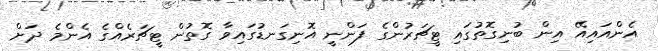
އެންއައިއޭ އިން ބުނިގޮތުގައި ޓީޗަރުންގެ ފަންނީ އޮނިގަނޑުގައިވާ ގޮތުން ޓީޗަރެއްގެ އެންމެ ދަށް